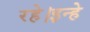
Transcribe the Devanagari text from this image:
रहे।इन्हे